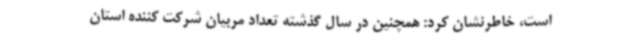
است، خاطرنشان کرد: همچنین در سال گذشته تعداد مربیان شرکت کننده استان